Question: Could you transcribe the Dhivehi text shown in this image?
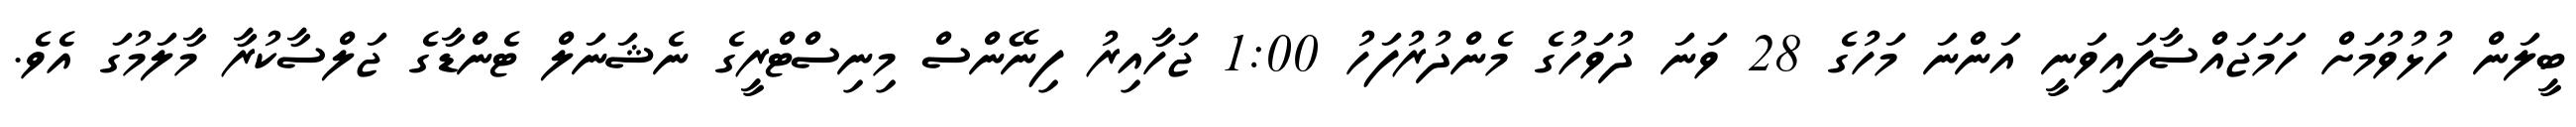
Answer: ބީލަން ހުޅުވުމަށް ހަމަޖައްސާފައިވަނީ އަންނަ މަހުގެ 28 ވަނަ ދުވަހުގެ މެންދުރުފަހު 1:00 ޖަހާއިރު ފިނޭންސް މިނިސްޓްރީގެ ނެޝަނަލް ޓެންޑާގެ ޖަލްސާކުރާ މާލަމުގަ އެވެ.